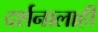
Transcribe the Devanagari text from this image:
दर्शनालाही